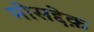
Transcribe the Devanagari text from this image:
मोसद्देक़